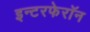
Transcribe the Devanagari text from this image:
इन्टरफेरॉन